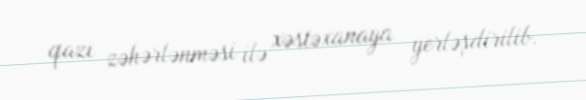
qazı zəhərlənməsi ilə xəstəxanaya yerləşdirilib.